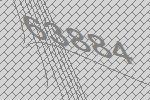
63884